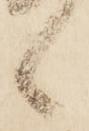
候